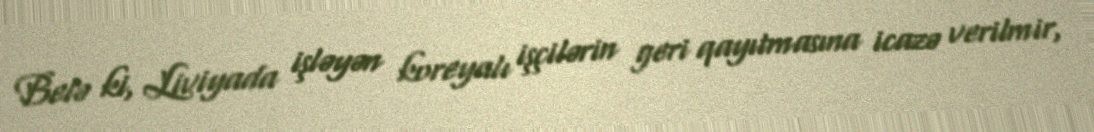
Belə ki, Liviyada işləyən koreyalı işçilərin geri qayıtmasına icazə verilmir,